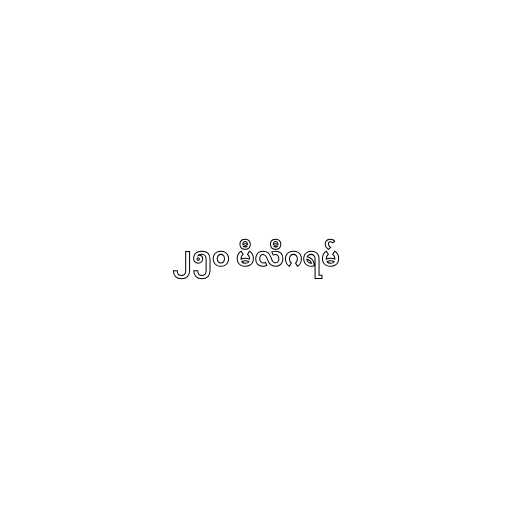
၂၅၀ မီလီဂရမ်